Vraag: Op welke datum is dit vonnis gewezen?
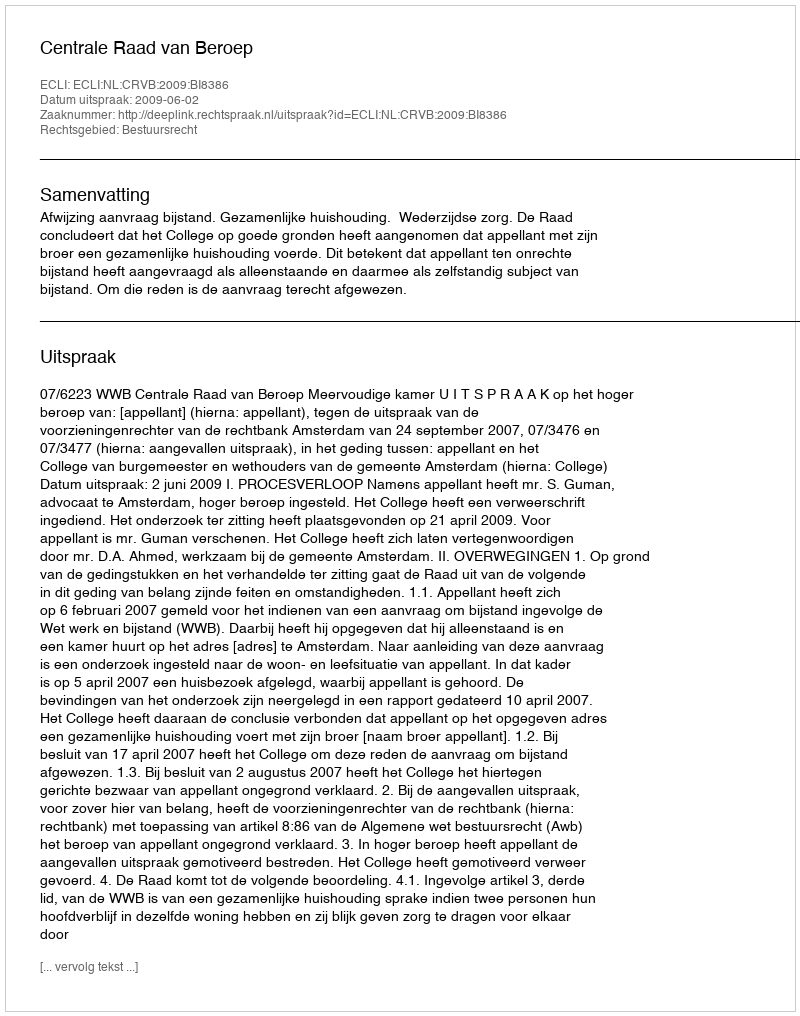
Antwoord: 2009-06-02